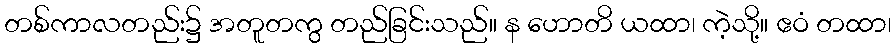
တစ်ကာလတည်း၌ အတူတကွ တည်ခြင်းသည်။ န ဟောတိ ယထာ၊ ကဲ့သို့။ ဧဝံ တထာ၊